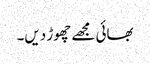
بھائی مجھے چھوڑ دیں۔